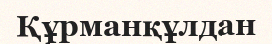
Құрманқұлдан